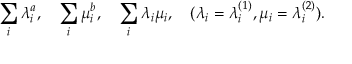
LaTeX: \sum _ { i } \lambda _ { i } ^ { a } , \quad \sum _ { i } \mu _ { i } ^ { b } , \quad \sum _ { i } \lambda _ { i } \mu _ { i } , \quad ( \lambda _ { i } = \lambda _ { i } ^ { ( 1 ) } , \mu _ { i } = \lambda _ { i } ^ { ( 2 ) } ) .